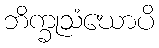
ဘိက္ခုသံဃောပိ